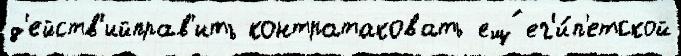
д'ейств'ийправ'ить контратаковать ещ́ ег'и́п'етской